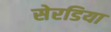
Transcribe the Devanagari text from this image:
सेरडिया